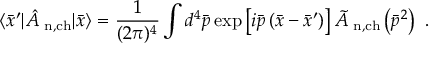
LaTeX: \langle { \bar { x } } ^ { \prime } | { \hat { A } } _ { \mathrm { \footnotesize ~ n , c h } } | \bar { x } \rangle = \frac 1 { ( 2 \pi ) ^ { 4 } } \int d ^ { 4 } { \bar { p } } \exp \left[ i { \bar { p } } \left( { \bar { x } } - { \bar { x } } ^ { \prime } \right) \right] { \tilde { A } } _ { \mathrm { \footnotesize ~ n , c h } } \left( { \bar { p } } ^ { 2 } \right) \ .